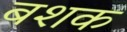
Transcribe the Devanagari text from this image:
बशक